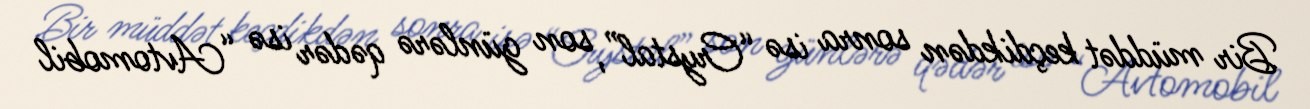
Bir müddət keçdikdən sonra isə “Crystal”, son günlərə qədər isə “Avtomobil